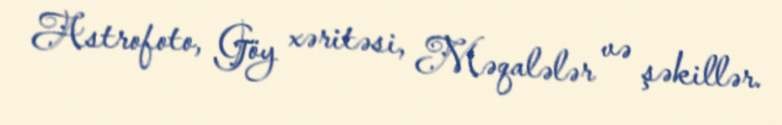
Astrofoto, Göy xəritəsi, Məqalələr və şəkillər.